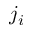
j _ { i }